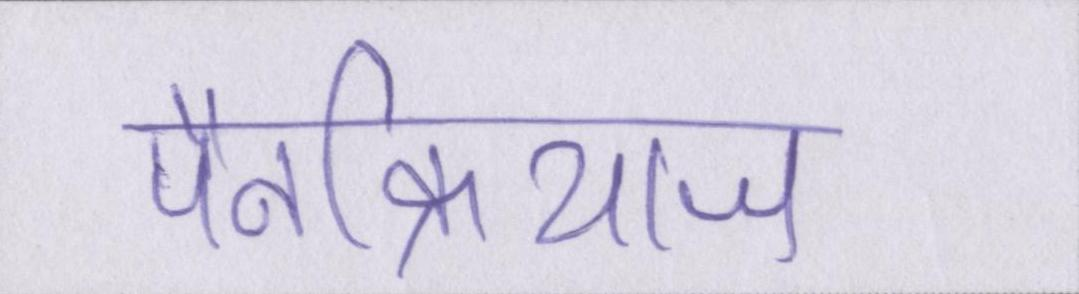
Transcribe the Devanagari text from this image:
पैनक्रियाज